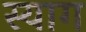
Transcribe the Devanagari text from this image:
स्याग